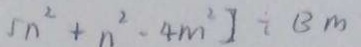
5 n ^ { 2 } + n ^ { 2 } - 4 m ^ { 2 } ] \div B M